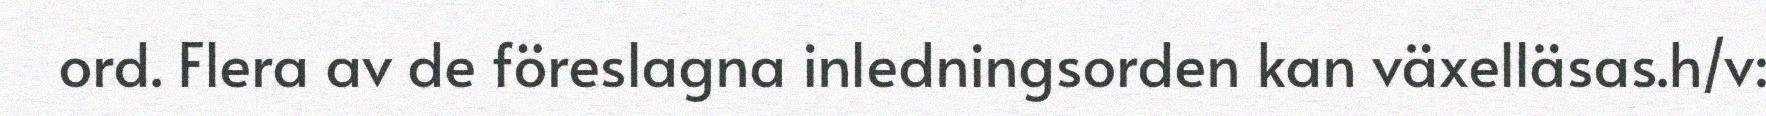
ord. Flera av de föreslagna inledningsorden kan växelläsas.h/v: